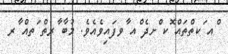
ްއ ަކތްތައް ޮކ ްށދެ ްއ ާވފައިވެއެވެ. މުބާ ާރތް ަތއް ާރ